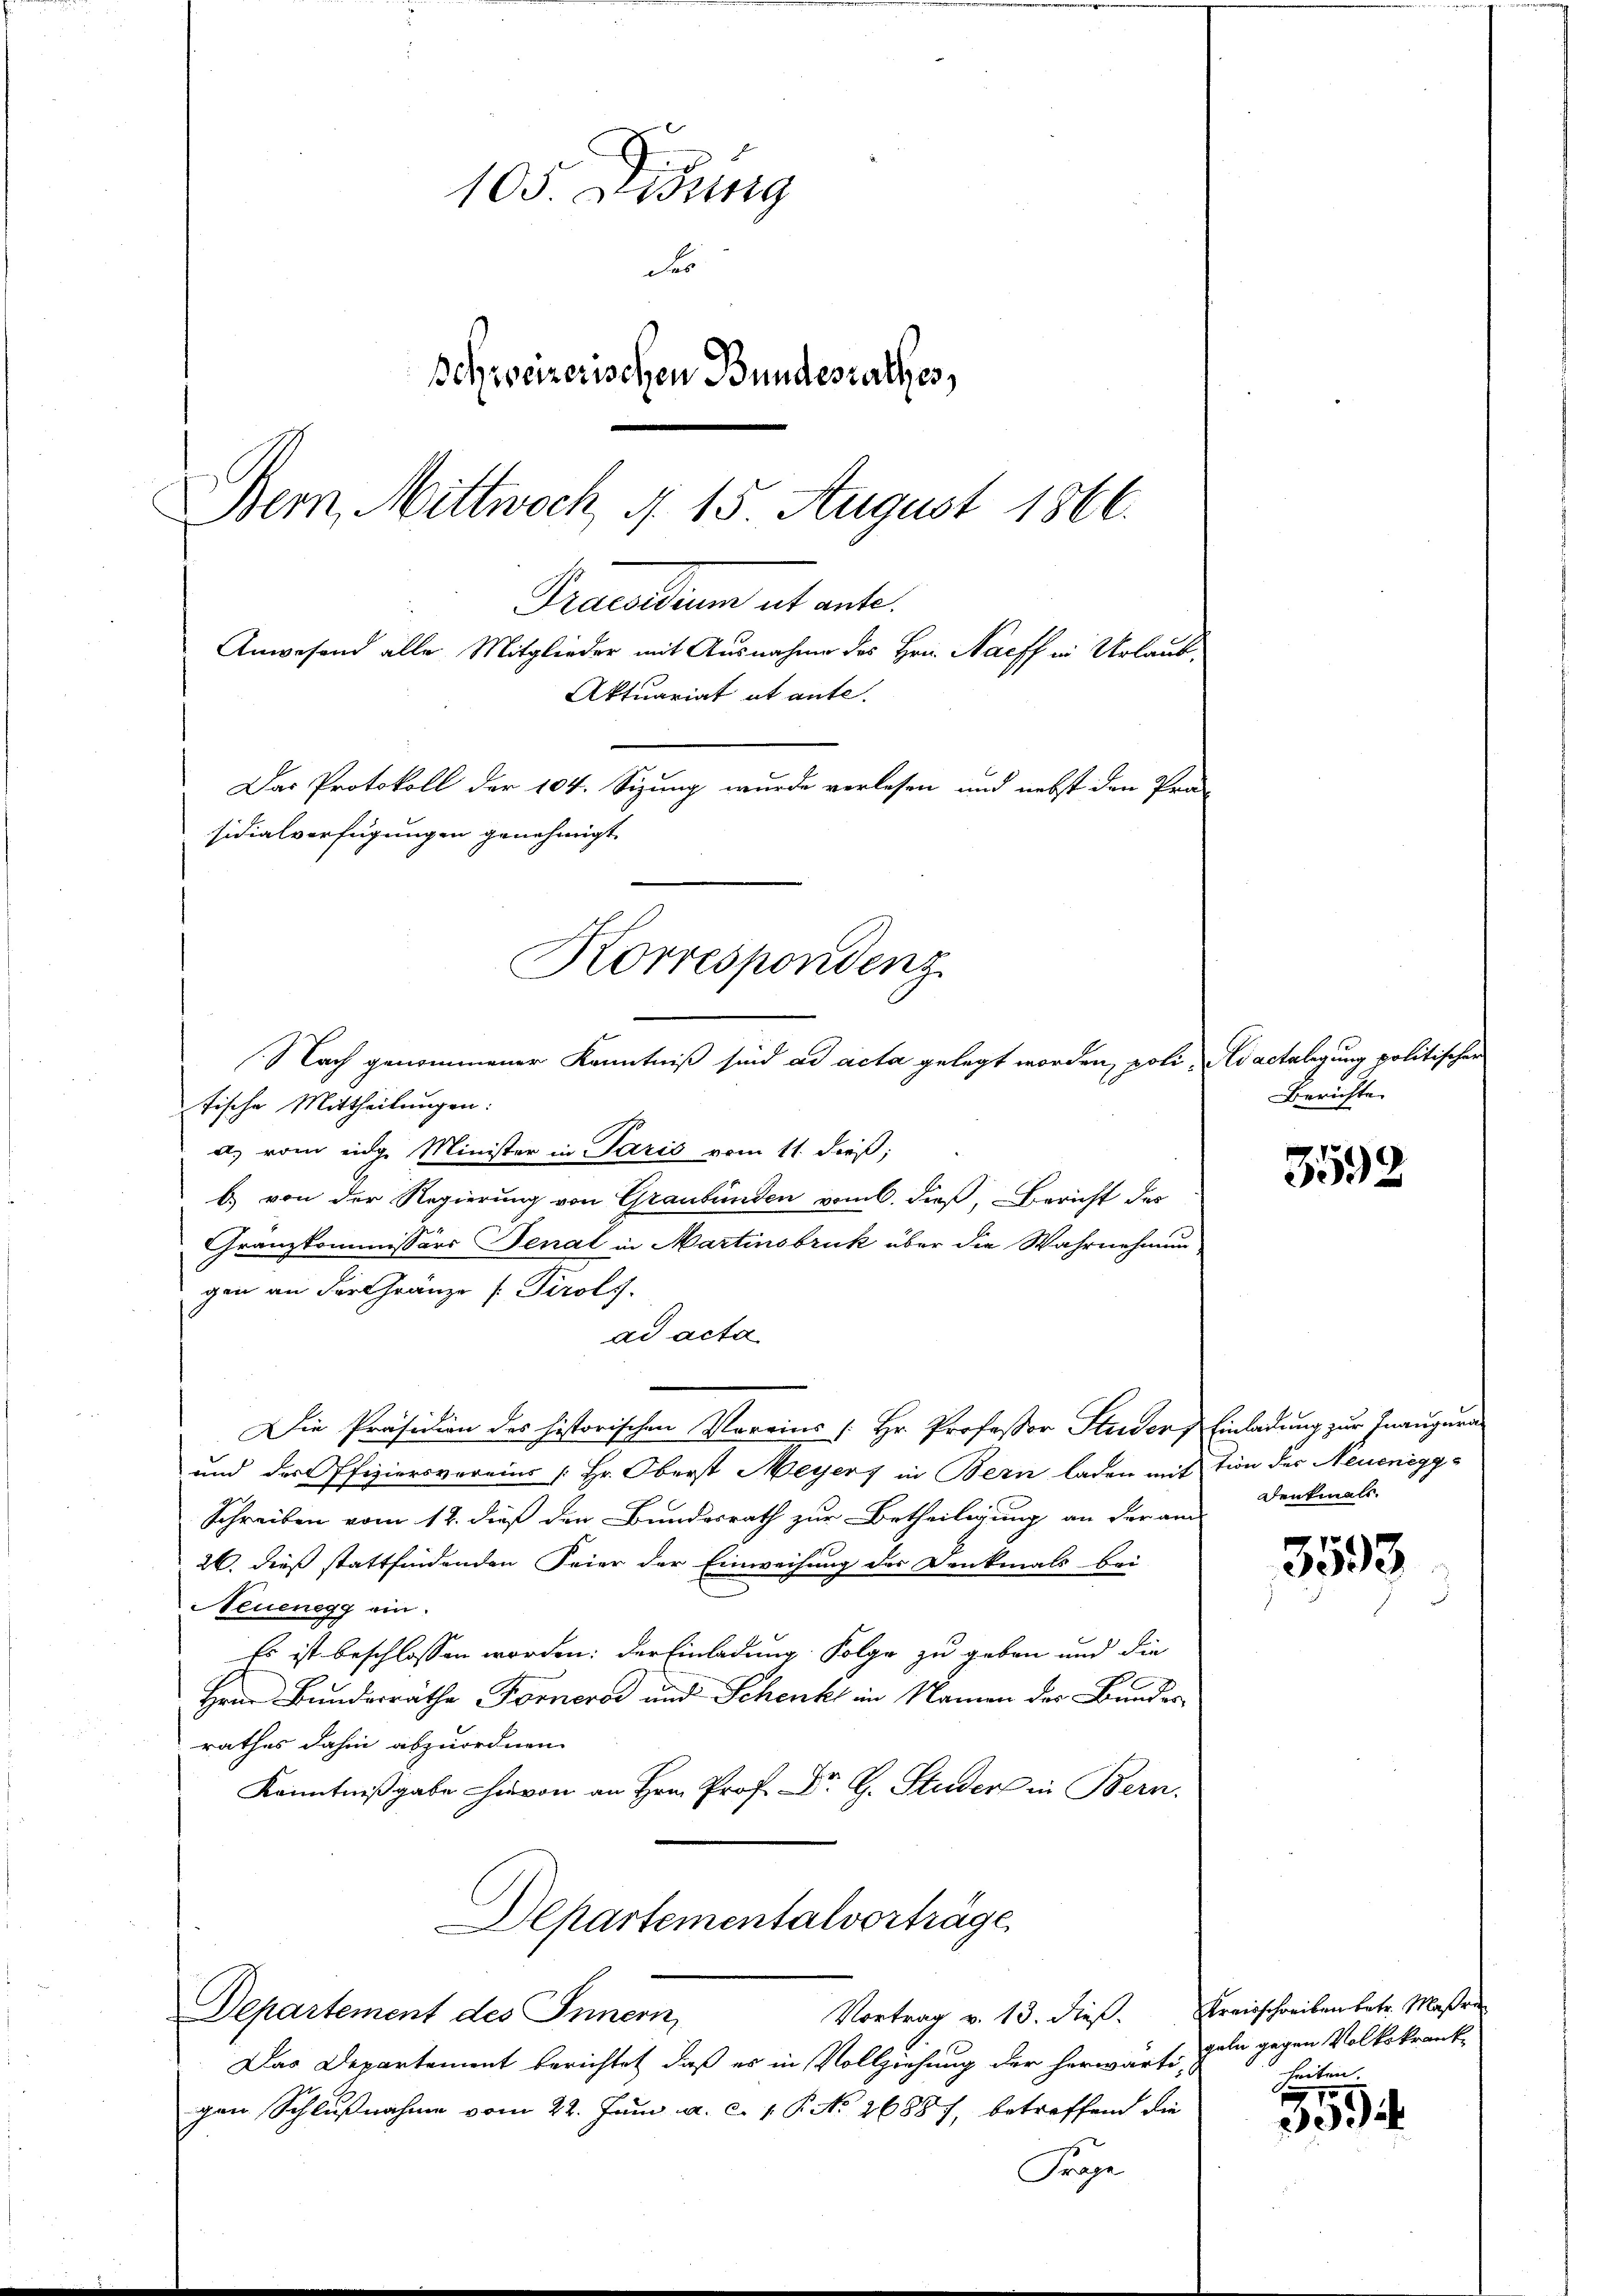
105. Didung
des
schweizerischen Bundesrathes,
Bern, Mittwoch d. 15. August 1866.
Precarium et ante.
Anwesend alle Mitglieder mit Ausnahme des Hrn. Nachs in Urlaub¬
Aktuariat et ante.
Das Protokoll der 104. Sizung wurde verlesen und nebst den Prä-
sidialverfügungen genehmigt.

Nach genommener Kenntniß sind ad acta gelegt worden, poli, ad actelegung politischer

Korrespondenz

Vortrag v. 13. dieß. Kreisschreiben betr. Maßen
Departement des Innern,

tische Mittheilungen:
a. vom eige Minister in Paris vom 11. dieß;
b) von der Regierung von Graubünden vom 6. dieß, Bericht des
Granzkommissärs Senat in Martinsbruk über die Wahrnehmun
gen an der Gränze s. Tirols
ad acta
Die Präsidien des historischen Vereins [Hr. Professor Studer Einladung zur Inaugura¬
und der Pfiziersvereins [Hr. Oberst Meyer in Bern laden mit tion des Neueneggs
Schreiben vom 12. dieß den Bundesrath zur Betheiligung an der am
26. dieß stattfindenden Feier der Einweisung der Denkmals bei
Neuenegg ein.
Es ist beschlossen worden: der Einladung Folge zu geben und die
Herr Bundesräthe Forneros und Schenkt in Namen des Bundes
rathes dahin abzuordnen.
Kenntnißgabe hievon an Hrn. Prof. Dr. G. Studers in Bern.
Departementalvorträge

Das Departement berichtet, daß es in Vollziehung der herwärtigen Schlußnahme vom 22. Juni a. c. 1 P. No 26887, betreffend die
Frage

Berichte

Denkmals.

geln gegen Volkskrank
heiten.

5592

3533

3594